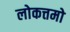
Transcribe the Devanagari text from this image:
लोकत्तमो